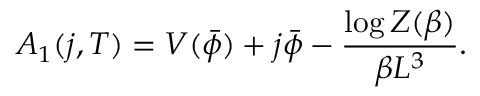
A _ { 1 } ( j , T ) = V ( \bar { \phi } ) + j \bar { \phi } - { \frac { \log Z ( \beta ) } { \beta L ^ { 3 } } } .